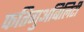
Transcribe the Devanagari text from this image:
फतिगुअबिलिटी